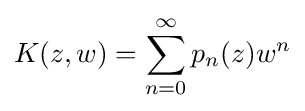
K(z,w)=\sum _{n=0}^{\infty }p_{n}(z)w^{n}